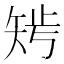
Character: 𥏁